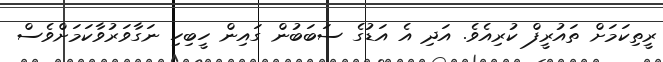
ރީތިކަމަށް ތައުރީފް ކުރިއެވެ. އަދި އެ އަޑުގެ ސަބަބުން ގައިން ހީބިހި ނަގާވަރުވާކަަމަށްވެސް